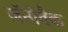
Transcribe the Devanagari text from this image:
जॅनोवैक